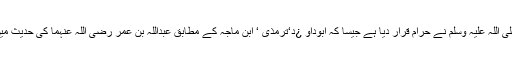
جو لوگ برائلر مرغی کو حرام قرار دیتے ہیں وہ اسے جلالہ پر قیاس کرتے ہیں جسے نبی مکرم صلی اللہ علیہ وسلم نے حرام قرار دیا ہے جیسا کہ ابوداو ¿د‘ترمذی ‘ ابن ماجہ کے مطابق عبداللہ بن عمر رضی اللہ عنہما کی حدیث میں ہے کہ نبی کریم صلی اللہ علیہ وسلم نے جلالہ کے کھانے سے اور ان کے دودھ سے منع کیا ہے۔